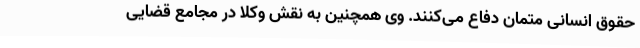
حقوق انسانی متمان دفاع می‌کنند. وی همچنین به نقش وکلا در مجامع قضایی